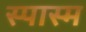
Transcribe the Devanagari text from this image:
स्पास्म